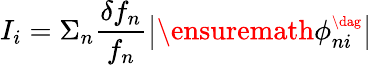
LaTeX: I_{i}=\Sigma_{n}\frac{\delta f_{n}}{f_{n}}\left|\ensuremath{\phi_{ni}^{\scriptscriptstyle\dag}}\right|